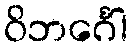
ဝိဘင်္ဂေါ